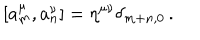
[ a _ { m } ^ { \mu } , a _ { n } ^ { \nu } ] = \eta ^ { \mu \nu } \delta _ { m + n , 0 } \, .